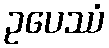
ဥပေဿံ